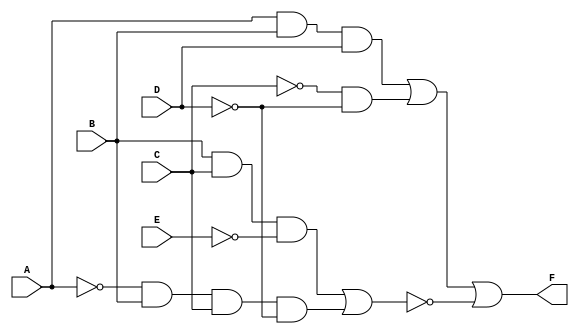
`timescale 1ns / 1ps


module odev1_fonk(
input A,B,C,D,E,
output F
    );
    wire nA;
    not i1(nA,A);
    
    wire nD;
    not i2(nD,D);
    
    wire nE;
    not i3(nE,E);

    
    wire nC;
    not i5(nC,C);
    
    wire nAandBandCandnD;
    and i6(nAandBandCandnD,nA,B,C,nD);
    
    wire BandCandnE;
    and i7(BandCandnE,B,C,nE);
    
    wire nAandBandCandnDorBandCandnE;
    or i8(nAandBandCandnDorBandCandnE,BandCandnE,nAandBandCandnD);
    
    wire notnAandBandCandnDorBandCandnE;
    not i9(notnAandBandCandnDorBandCandnE,nAandBandCandnDorBandCandnE);
    
    wire nCandnD;
    and i10(nCandnD,nC,nD);
    
    wire AandBandD;
    and i11(AandBandD,A,B,D);
    
    wire nCandnDorAandBandD;
    or i12(nCandnDorAandBandD,AandBandD,nCandnD);
    
    or i13(F,nCandnDorAandBandD,notnAandBandCandnDorBandCandnE);
    
   
    
endmodule